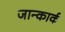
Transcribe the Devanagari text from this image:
जान्कार्क